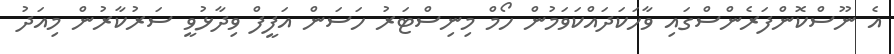
އެ ނޫސްކޮންފަރެންސްގައި ވާހަކަދައްކަވަމުން ހޯމް މިނިސްޓަރު ހަސަން އަފީފް ވިދާޅުވީ ސަރުކާރުން މިއަދު